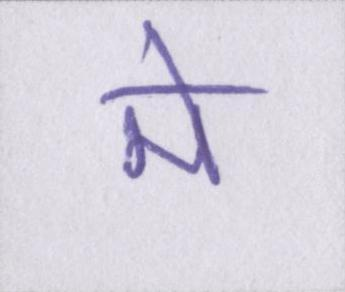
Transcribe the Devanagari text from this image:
मे